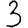
Digit: 3